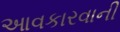
આવકારવાની